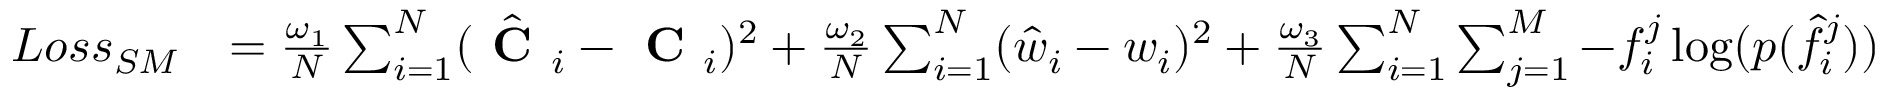
\begin{array} { r l } { L o s s _ { S M } } & { = \frac { \omega _ { 1 } } { N } \sum _ { i = 1 } ^ { N } ( \hat { \textbf { C } } _ { i } - \textbf { C } _ { i } ) ^ { 2 } + \frac { \omega _ { 2 } } { N } \sum _ { i = 1 } ^ { N } ( \hat { w } _ { i } - w _ { i } ) ^ { 2 } + \frac { \omega _ { 3 } } { N } \sum _ { i = 1 } ^ { N } \sum _ { j = 1 } ^ { M } - f _ { i } ^ { j } \log ( p ( \hat { f } _ { i } ^ { j } ) ) } \end{array}